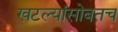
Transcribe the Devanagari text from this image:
खटल्यांसोबतच